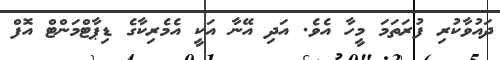
ދައުވާކުރި ފުރަތަމަ މީހާ އެވެ. އަދި އޭނާ އަކީ އެމެރިކާގެ ޑިޕާޓްމަންޓް އޮފް